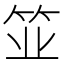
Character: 𫁺